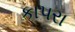
કાપરા